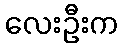
လေးဦးက